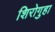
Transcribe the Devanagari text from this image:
शिरोगुहा